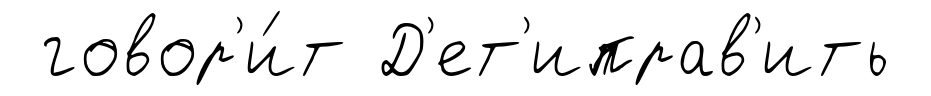
говор'и́т Д'ет'иправ'ить